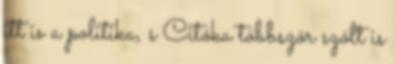
itt is a politika, s Citóka többször szólt is